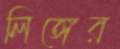
লিঙ্গের